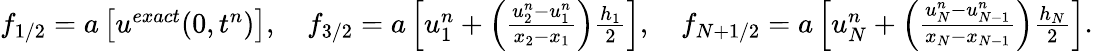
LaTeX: \begin{array}{r}{f_{1/2}=a\left[u^{exact}(0,t^{n})\right],\quad f_{3/2}=a\left[u_{1}^{n}+\left(\frac{u_{2}^{n}-u_{1}^{n}}{x_{2}-x_{1}}\right)\frac{h_{1}}{2}\right],\quad f_{N+1/2}=a\left[u_{N}^{n}+\left(\frac{u_{N}^{n}-u_{N-1}^{n}}{x_{N}-x_{N-1}}\right)\frac{h_{N}}{2}\right].}\end{array}